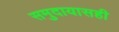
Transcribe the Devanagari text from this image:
समुदायासही